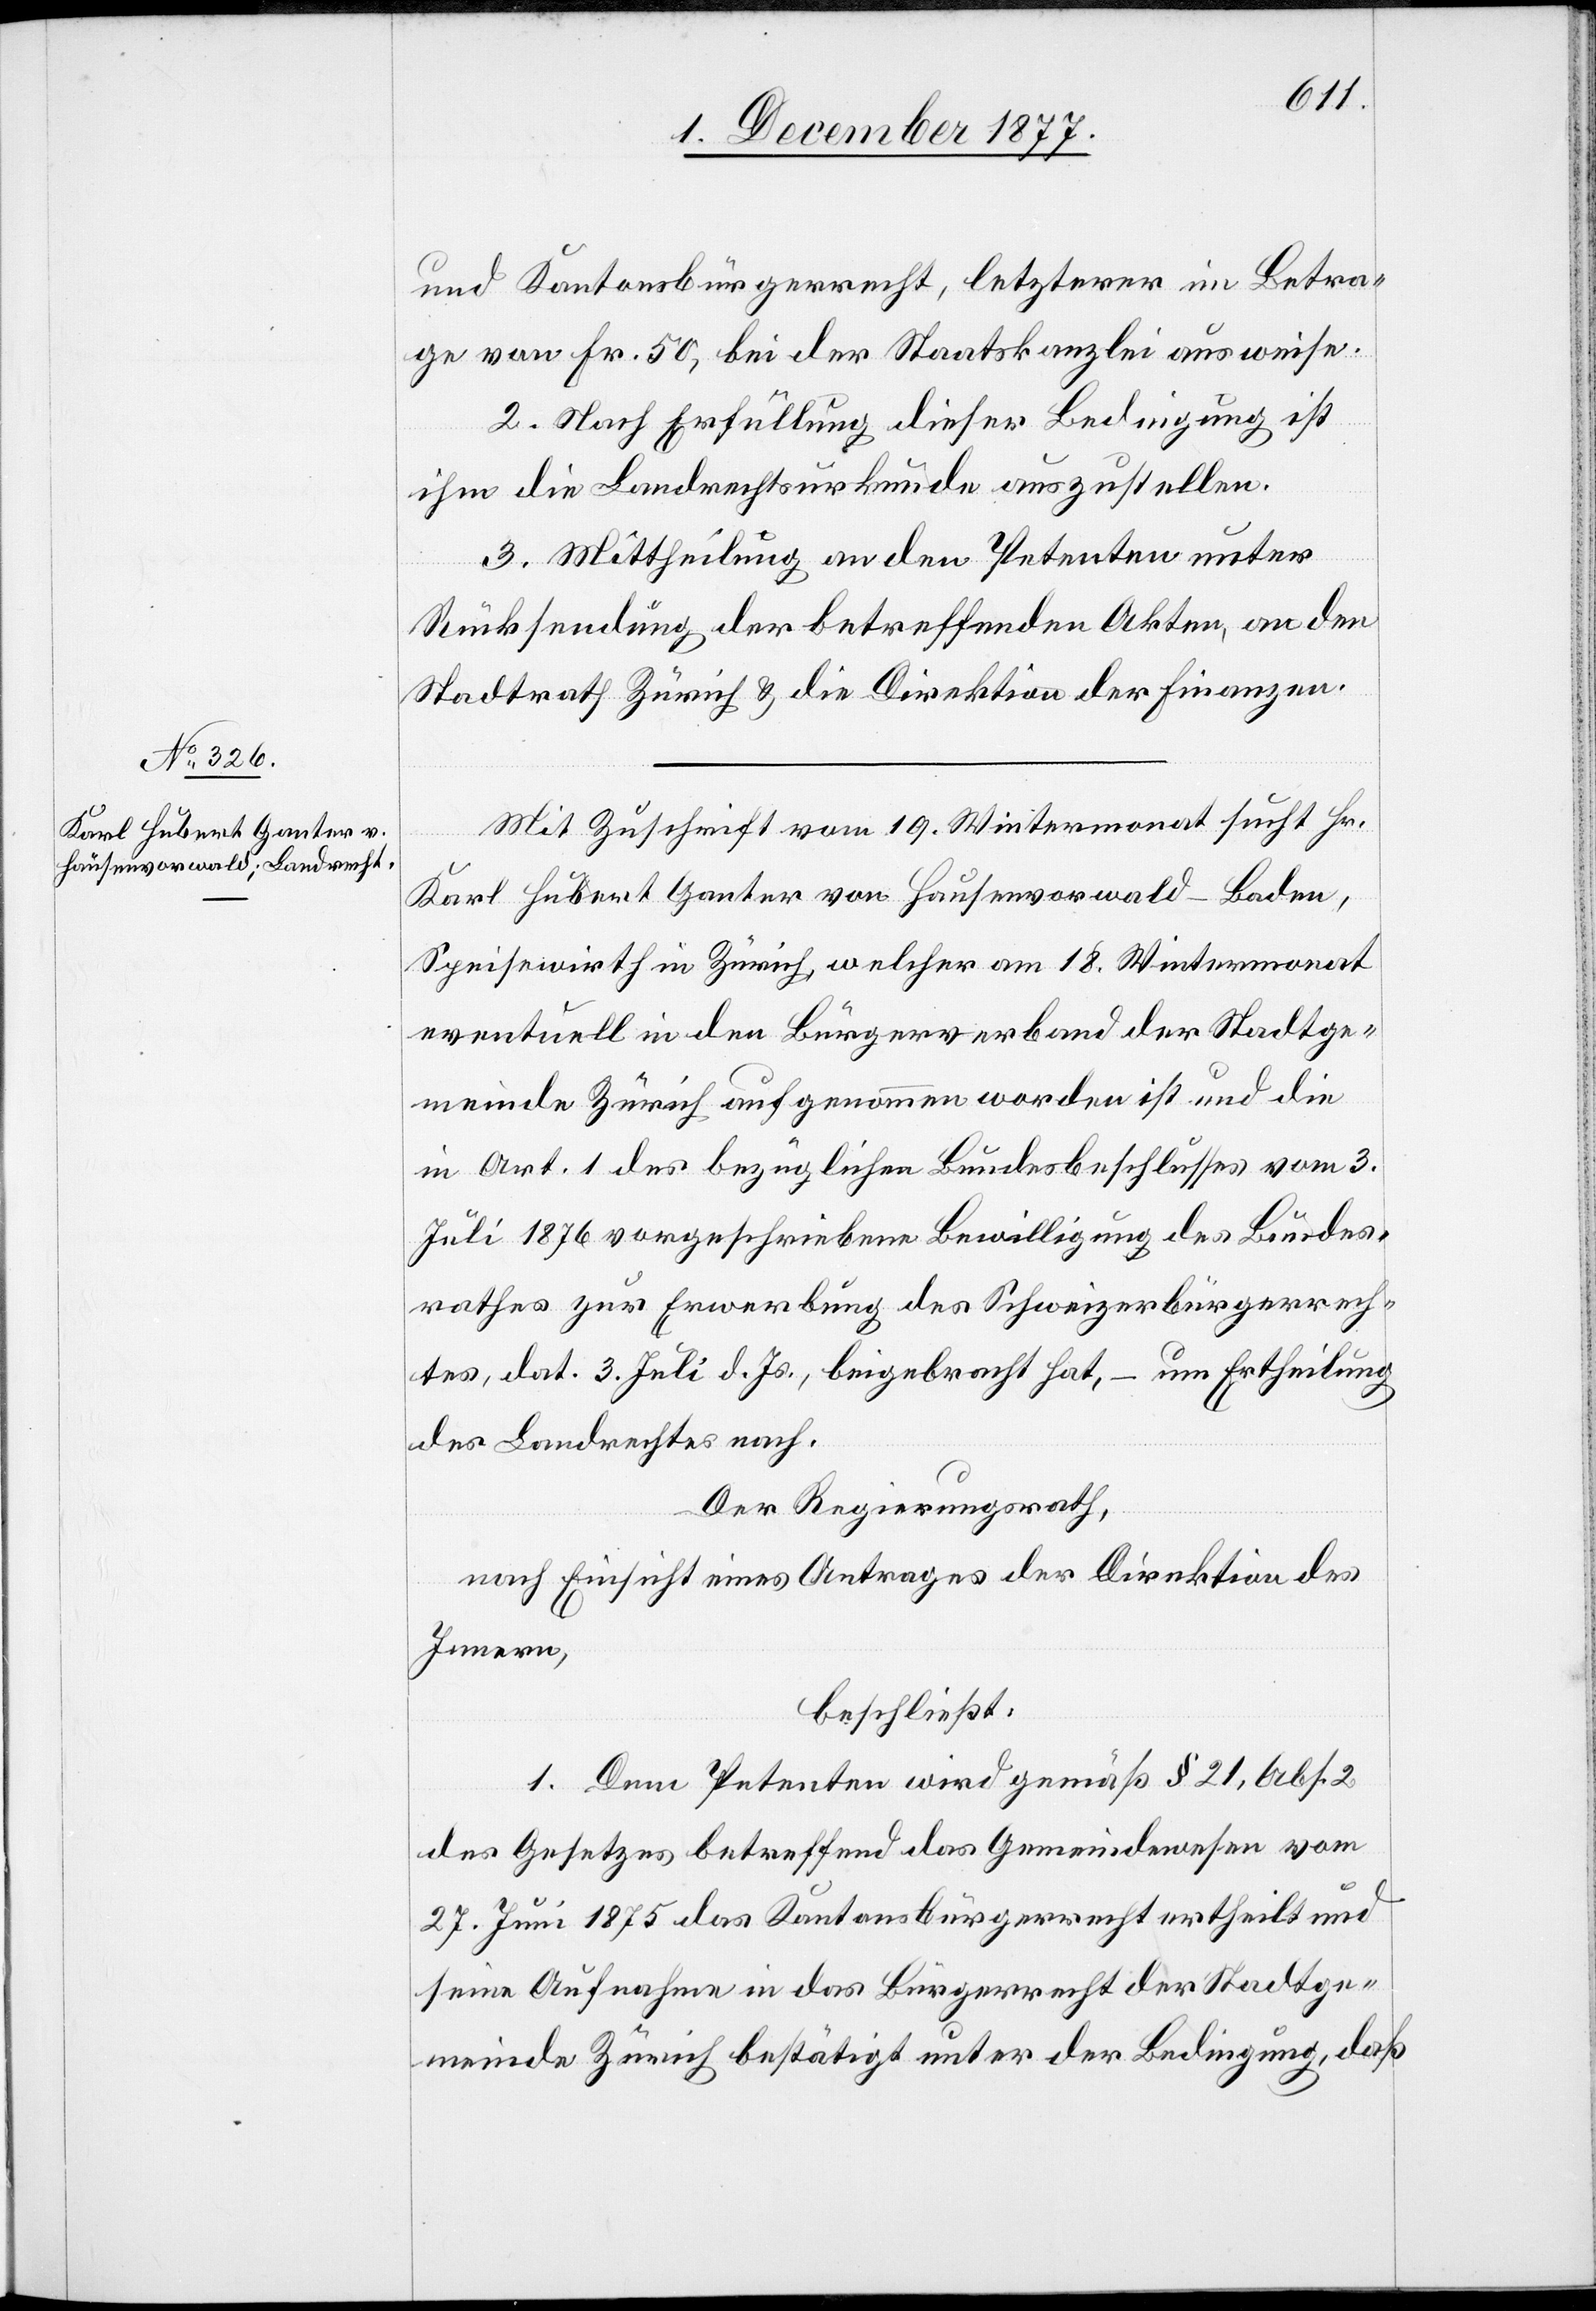
und Kantonsbürgerrecht, letzterer im Betra¬
ge von Fr. 50, bei der Staatskanzlei ausweise.
2. Nach Erfüllung dieser Bedingung ist
ihm die Landrechtsurkunde auszustellen.
3. Mittheilung an den Petenten unter
Rücksendung der betreffenden Akten, an den
Stadtrath Zürich & die Direktion der Finanzen.
Mit Zuschrift vom 19. Wintermonat sucht Hr.
Karl Hubert Ganter von Hausenvorwald - Baden,
Speisewirth in Zürich, welcher am 18. Wintermonat
eventuell in den Bürgerverband der Stadtge¬
meinde Zürich aufgenommen worden ist und die
in Art. 1 des bezüglichen Bundesbeschlusses vom 3.
Juli 1876 vorgeschriebene Bewilligung des Bundes¬
rathes zur Erwerbung des Schweizerbürgerrech¬
tes, dat. 3. Juli d. Js., beigebracht hat, – um Ertheilung
des Landrechtes nach.
Der Regierungsrath,
nach Einsicht eines Antrages der Direktion des
Innern,
beschließt:
1. Dem Petenten wird gemäß § 21, Abs. 2
des Gesetzes betreffend das Gemeindewesen vom
27. Juni 1875 das Kantonsbürgerrecht ertheilt und
seine Aufnahme in das Bürgerrecht der Stadtge¬
meinde Zürich bestätigt unter der Bedingung, daß